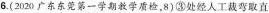
6.(2020广东东莞第一学期教学质检，8)③处经人工裁弯直